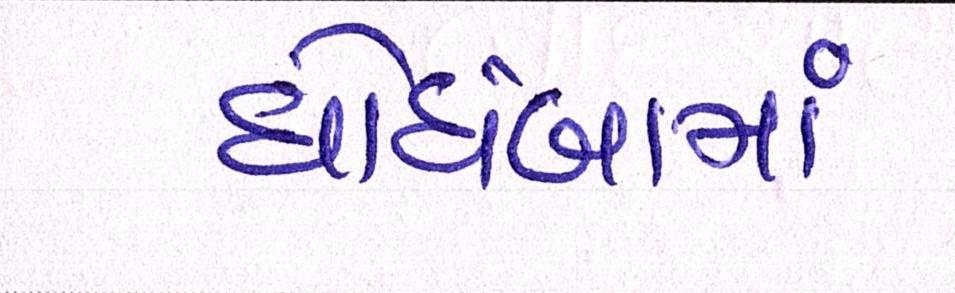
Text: ઘોઘંબામાં